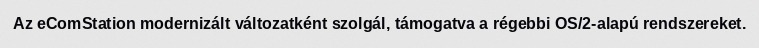
Az eComStation modernizált változatként szolgál, támogatva a régebbi OS/2-alapú rendszereket.